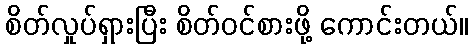
စိတ်လှုပ်ရှားပြီး စိတ်ဝင်စားဖို့ ကောင်းတယ်။